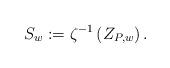
LaTeX: \begin{align*}S_{w}:=\zeta^{-1}\left( Z_{P,w}\right).\end{align*}